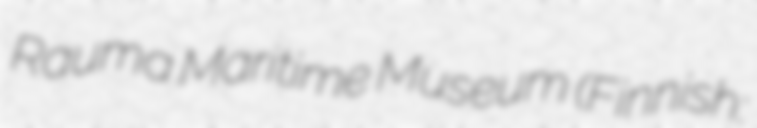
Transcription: Rauma Maritime Museum (Finnish: